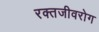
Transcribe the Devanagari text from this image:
रक्तजीवरोग